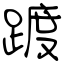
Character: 踱